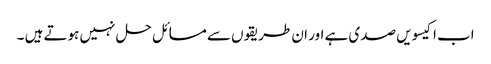
اب اکیسویں صدی ہے اور ان طریقوں سے مسائل حل نہیں ہوتے ہیں ۔